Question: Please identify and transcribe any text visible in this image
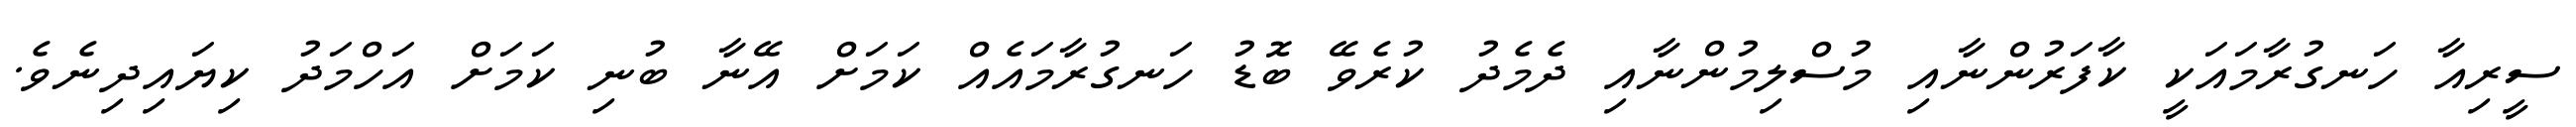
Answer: ސީރިއާ ހަނގުރާމައަކީ ކާފަރުންނާއި މުސްލިމުންނާއި ދެމެދު ކުރެވޭ ބޮޑު ހަނގުރާމައެއް ކަމަށް އޭނާ ބުނި ކަމަށް އަހްމަދު ކިޔައިދިނެވެ.